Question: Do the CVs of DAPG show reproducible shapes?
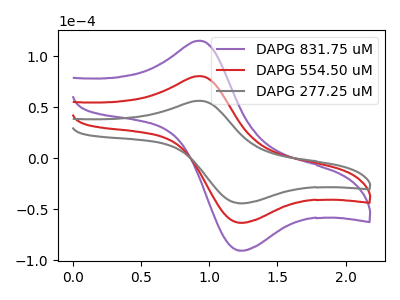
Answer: <think>The purple curve "DAPG 831.75 uM" has an anodic peak at (0.95V, 161.00uA) and a cathodic peak at (1.25V, -126.60uA). The red curve "DAPG 554.50 uM" has an anodic peak at (0.95V, 80.50uA) and a cathodic peak at (1.25V, -63.30uA). The gray curve "DAPG 277.25 uM" has an anodic peak at (0.95V, 56.25uA) and a cathodic peak at (1.25V, -44.25uA).
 All the peaks in "DAPG 831.75 uM" have a peak in "DAPG 554.50 uM" at the same potential. Every peak in "DAPG 831.75 uM" is higher than every peak in "DAPG 554.50 uM". All the peaks in "DAPG 831.75 uM" have a peak in "DAPG 277.25 uM" at the same potential. Every peak in "DAPG 831.75 uM" is higher than every peak in "DAPG 277.25 uM". All the peaks in "DAPG 554.50 uM" have a peak in "DAPG 277.25 uM" at the same potential. Every peak in "DAPG 554.50 uM" is higher than every peak in "DAPG 277.25 uM".</think>
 <answer>All the CV's of "DAPG" have similar shape.</answer>
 <eval>follow_rule</eval>